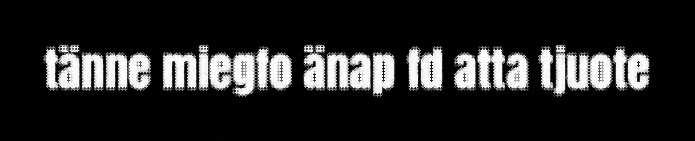
tänne miegfo änap fd atta tjuote